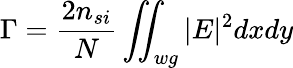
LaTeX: \Gamma=\frac{2n_{si}}{N}\iint_{wg}|E|^{2}dxdy